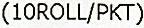
(10ROLL/PKT)